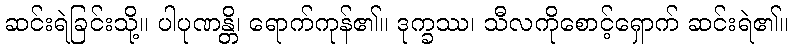
ဆင်းရဲခြင်းသို့။ ပါပုဏန္တိ၊ ရောက်ကုန်၏။ ဒုက္ခဿ၊ သီလကိုစောင့်ရှောက် ဆင်းရဲ၏။